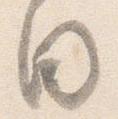
目